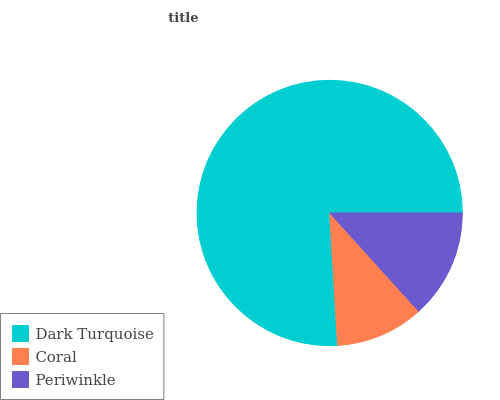
| Dark Turquoise | Coral | Periwinkle |
 | --- | --- | --- |
 | 75.9% | 10.8% | 13.3% |